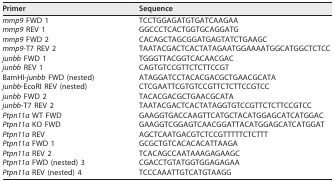
| Primer | Sequence |
 | --- | --- |
 | mmp9 FWD 1 | TCCTGGAGATGTGATCAAGAA |
 | mmp9 REV 1 | GGCCCTCACTGGTGCAGGATG |
 | mmp9 FWD 2 | CACAGCTAGCGGATGAGTATCTGAAGC |
 | mmp9-T7 REV 2 | TAATACGACTCACTATAGAATGGAAAATGGCATGGCTCTCC |
 | junbb FWD 1 | TGGGTTACGGTCACAACGAC |
 | junbb REV 1 | CAGTGTCCGTTCTCTTCCGT |
 | BamHI-junbb FWD (nested) | ATAGGATCCTACACGACGCTGAACGCATA |
 | junbb-EcoRI REV (nested) | CTCGAATTCGTGTCCGTTCTCTTCCGTCC |
 | junbb FWD 2 | TACACGACGCTGAACGCATA |
 | junbb-T7 REV 2 | TAATACGACTCACTATAGGTGTCCGTTCTCTTCCGTCC |
 | Ptpn11a WT FWD | GAAGGTGACCAAGTTCATGCTACATGGAGCATCATGGAC |
 | Ptpn11a KO FWD | GAAGGTCGGAGTCAACGGATTACATGGAGCATCATGGAT |
 | Ptpn11a REV | AGCTCAATGACGTCTCCGTTTTTCTCTTT |
 | Ptpn11a FWD 1 | GCGCTGTCACACACATTAAGA |
 | Ptpn11a REV 2 | TCACAGCCAATAAAGAGAAGC |
 | Ptpn11a FWD (nested) 3 | CGACCTGTATGGTGGAGAGAA |
 | Ptpn11a REV (nested) 4 | TCCCAAATTGTCATGTAAGG |